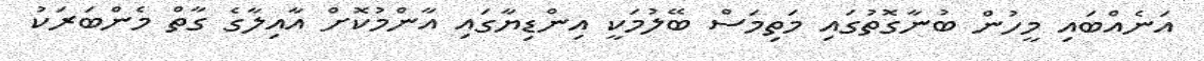
އަނެއްބައި މީހުން ބުނާގޮތުގައި މަތިމަސް ބޭލުމަކީ އިންޑިޔާގައި އާންމުކޮށް އާއިލާގެ ގާތް މެންބަރަކު